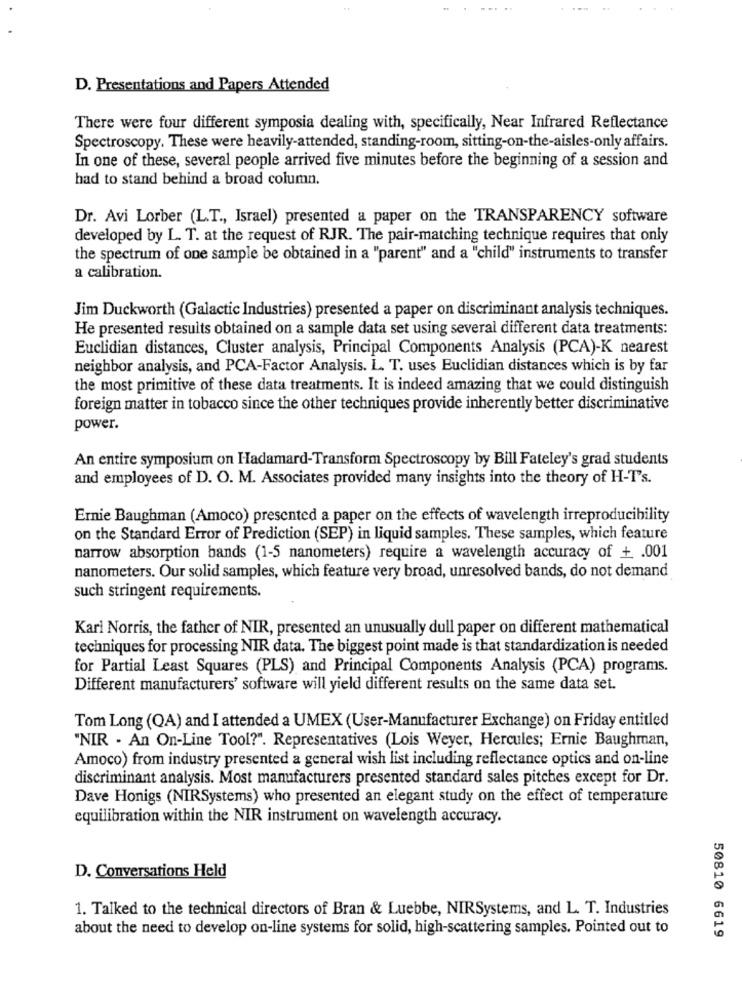
D. Presentations and Papers Attended
There were four different symposia dealing with, specifically, Near Infrared Reflectance
Spectroscopy. These were heavily-attended, standing-room, sitting-on-the-aisles-only affairs.
In one of these, several people arrived five minutes before the beginning of a session and
had to stand behind a broad column.
Dr. Avi Lorber (L.T ., Israel) presented a paper on the TRANSPARENCY software
developed by L. T. at the request of RJR. The pair-matching technique requires that only
the spectrum of one sample be obtained in a "parent" and a "child" instruments to transfer
a calibration.
Jim Duckworth (Galactic Industries) presented a paper on discriminant analysis techniques.
He presented results obtained on a sample data set using several different data treatments:
Euclidian distances, Cluster analysis, Principal Components Analysis (PCA)-K nearest
neighbor analysis, and PCA-Factor Analysis. L. T. uses Euclidian distances which is by far
the most primitive of these data treatments. It is indeed amazing that we could distinguish
foreign matter in tobacco since the other techniques provide inherently better discriminative
power.
An entire symposium on Hadamard-Transform Spectroscopy by Bill Fateley's grad students
and employees of D. O. M. Associates provided many insights into the theory of H-T's.
Ernie Baughman (Amoco) presented a paper on the effects of wavelength irreproducibility
on the Standard Error of Prediction (SEP) in liquid samples. These samples, which feature
narrow absorption bands (1-5 nanometers) require a wavelength accuracy of + .001
nanometers. Our solid samples, which feature very broad, unresolved bands, do not demand
such stringent requirements.
Karl Norris, the father of NIR, presented an unusually dull paper on different mathematical
techniques for processing NIR data. The biggest point made is that standardization is needed
for Partial Least Squares (PLS) and Principal Components Analysis (PCA) programs.
Different manufacturers' software will yield different results on the same data set.
Tom Long (QA) and I attended a UMEX (User-Manufacturer Exchange) on Friday entitled
"NIR - An On-Line Tool?". Representatives (Lois Weyer, Hercules; Ernie Baughman,
Amoco) from industry presented a general wish list including reflectance optics and on-line
discriminant analysis. Most manufacturers presented standard sales pitches except for Dr.
Dave Honigs (NIRSystems) who presented an elegant study on the effect of temperature
equilibration within the NIR instrument on wavelength accuracy.
D. Conversations Held
1. Talked to the technical directors of Bran & Luebbe, NIRSystems, and L. T. Industries
about the need to develop on-line systems for solid, high-scattering samples. Pointed out to
50810 6619